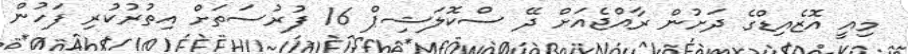
މިއީ އޮޒެއިޑްގެ ދަށުން ރާއްޖެއަށް ދޭ ސްކޮލަޝިޕް 16 ފުރުސަތަށް އިތުރުކުރި ފަހުން